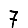
Digit: 7